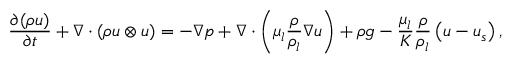
\frac { \partial ( \rho \boldsymbol { u } ) } { \partial t } + \nabla \cdot ( \rho \boldsymbol { u } \otimes \boldsymbol { u } ) = - \nabla p + \nabla \cdot \left( \mu _ { l } \frac { \rho } { \rho _ { l } } \nabla \boldsymbol { u } \right) + \rho \boldsymbol { g } - \frac { \mu _ { l } } { K } \frac { \rho } { \rho _ { l } } \left( \boldsymbol { u } - \boldsymbol { u } _ { s } \right) ,